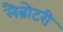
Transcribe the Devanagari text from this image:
लैब्रोटरी